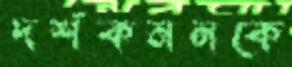
দর্শকমনকে